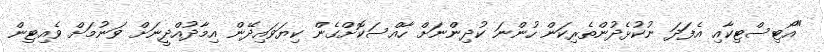
"އޯޓިސްޓިކާއި އެފަދަ ނުކުޅެދުންތެރިކަން ހުންނަ ކުދިންނަށް ހާއްސަކޮށްގެން ކިޔަވައިދޭން އިމާދުއްދީނަށް ވަނުމަށް ވެއިޓިން